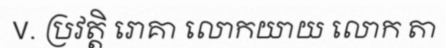
V. ប្រវត្តិ រោគា លោកយាយ លោក តា